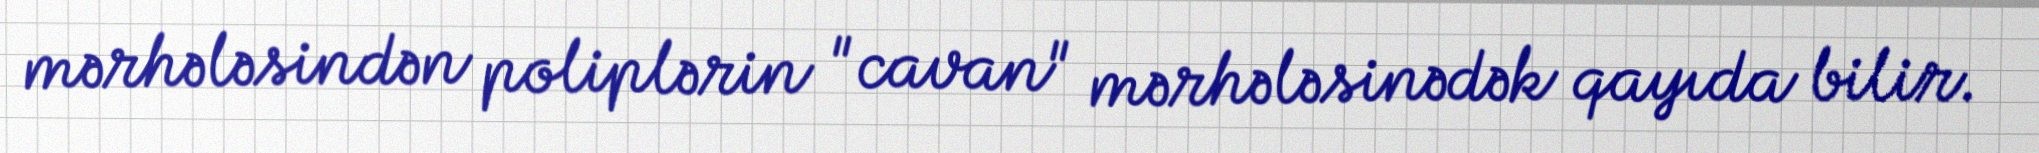
mərhələsindən poliplərin "cavan" mərhələsinədək qayıda bilir.